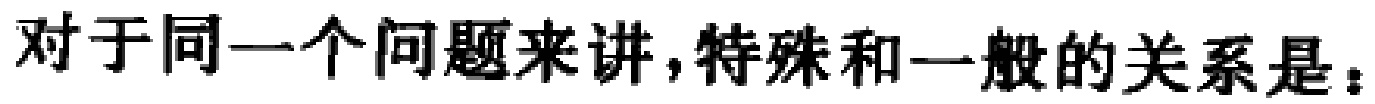
对于同一个问题来讲，特殊和一般的关系是：